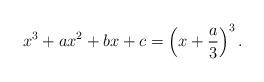
LaTeX: \begin{align*}x^3 + a x^2 + b x + c=\left(x+\frac a3\right)^3.\end{align*}